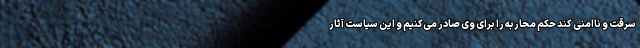
سرقت و ناامنی کند حکم محاربه را برای وی صادر می‌کنیم و این سیاست آثار